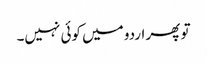
تو پھر اردو میں کوئی نہیں۔